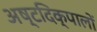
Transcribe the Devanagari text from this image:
अष्टदिक्‌पालों